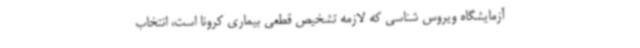
آزمایشگاه ویروس شناسی که لازمه تشخیص قطعی بیماری کرونا است، انتخاب